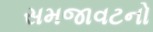
સમજાવટનો